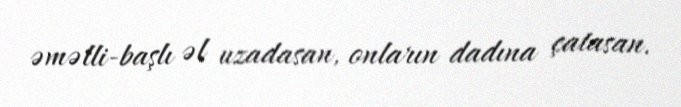
əməlli-başlı əl uzadasan, onların dadına çatasan.